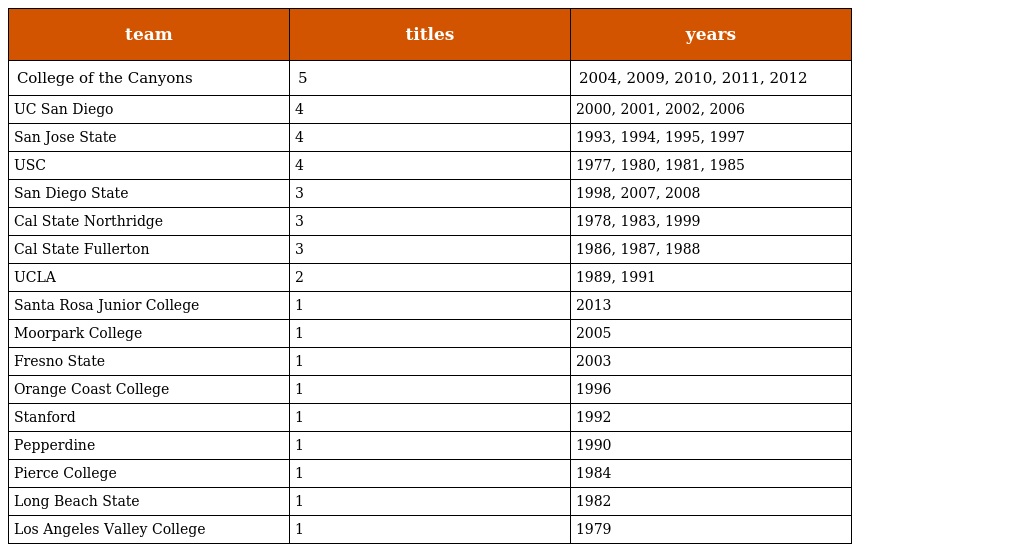
| team | titles | years |
 | --- | --- | --- |
 | College of the Canyons | 5 | 2004, 2009, 2010, 2011, 2012 |
 | UC San Diego | 4 | 2000, 2001, 2002, 2006 |
 | San Jose State | 4 | 1993, 1994, 1995, 1997 |
 | USC | 4 | 1977, 1980, 1981, 1985 |
 | San Diego State | 3 | 1998, 2007, 2008 |
 | Cal State Northridge | 3 | 1978, 1983, 1999 |
 | Cal State Fullerton | 3 | 1986, 1987, 1988 |
 | UCLA | 2 | 1989, 1991 |
 | Santa Rosa Junior College | 1 | 2013 |
 | Moorpark College | 1 | 2005 |
 | Fresno State | 1 | 2003 |
 | Orange Coast College | 1 | 1996 |
 | Stanford | 1 | 1992 |
 | Pepperdine | 1 | 1990 |
 | Pierce College | 1 | 1984 |
 | Long Beach State | 1 | 1982 |
 | Los Angeles Valley College | 1 | 1979 |